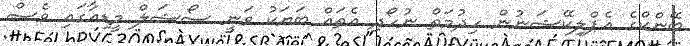
ބޭންކްގެ އެޕްލިކޭޝަނުން ހިދުމަތް ނުހޯދި އެތައް ބަޔަކު ވަނީ ސޯޝަލް މީޑިއާގައި ވެސް